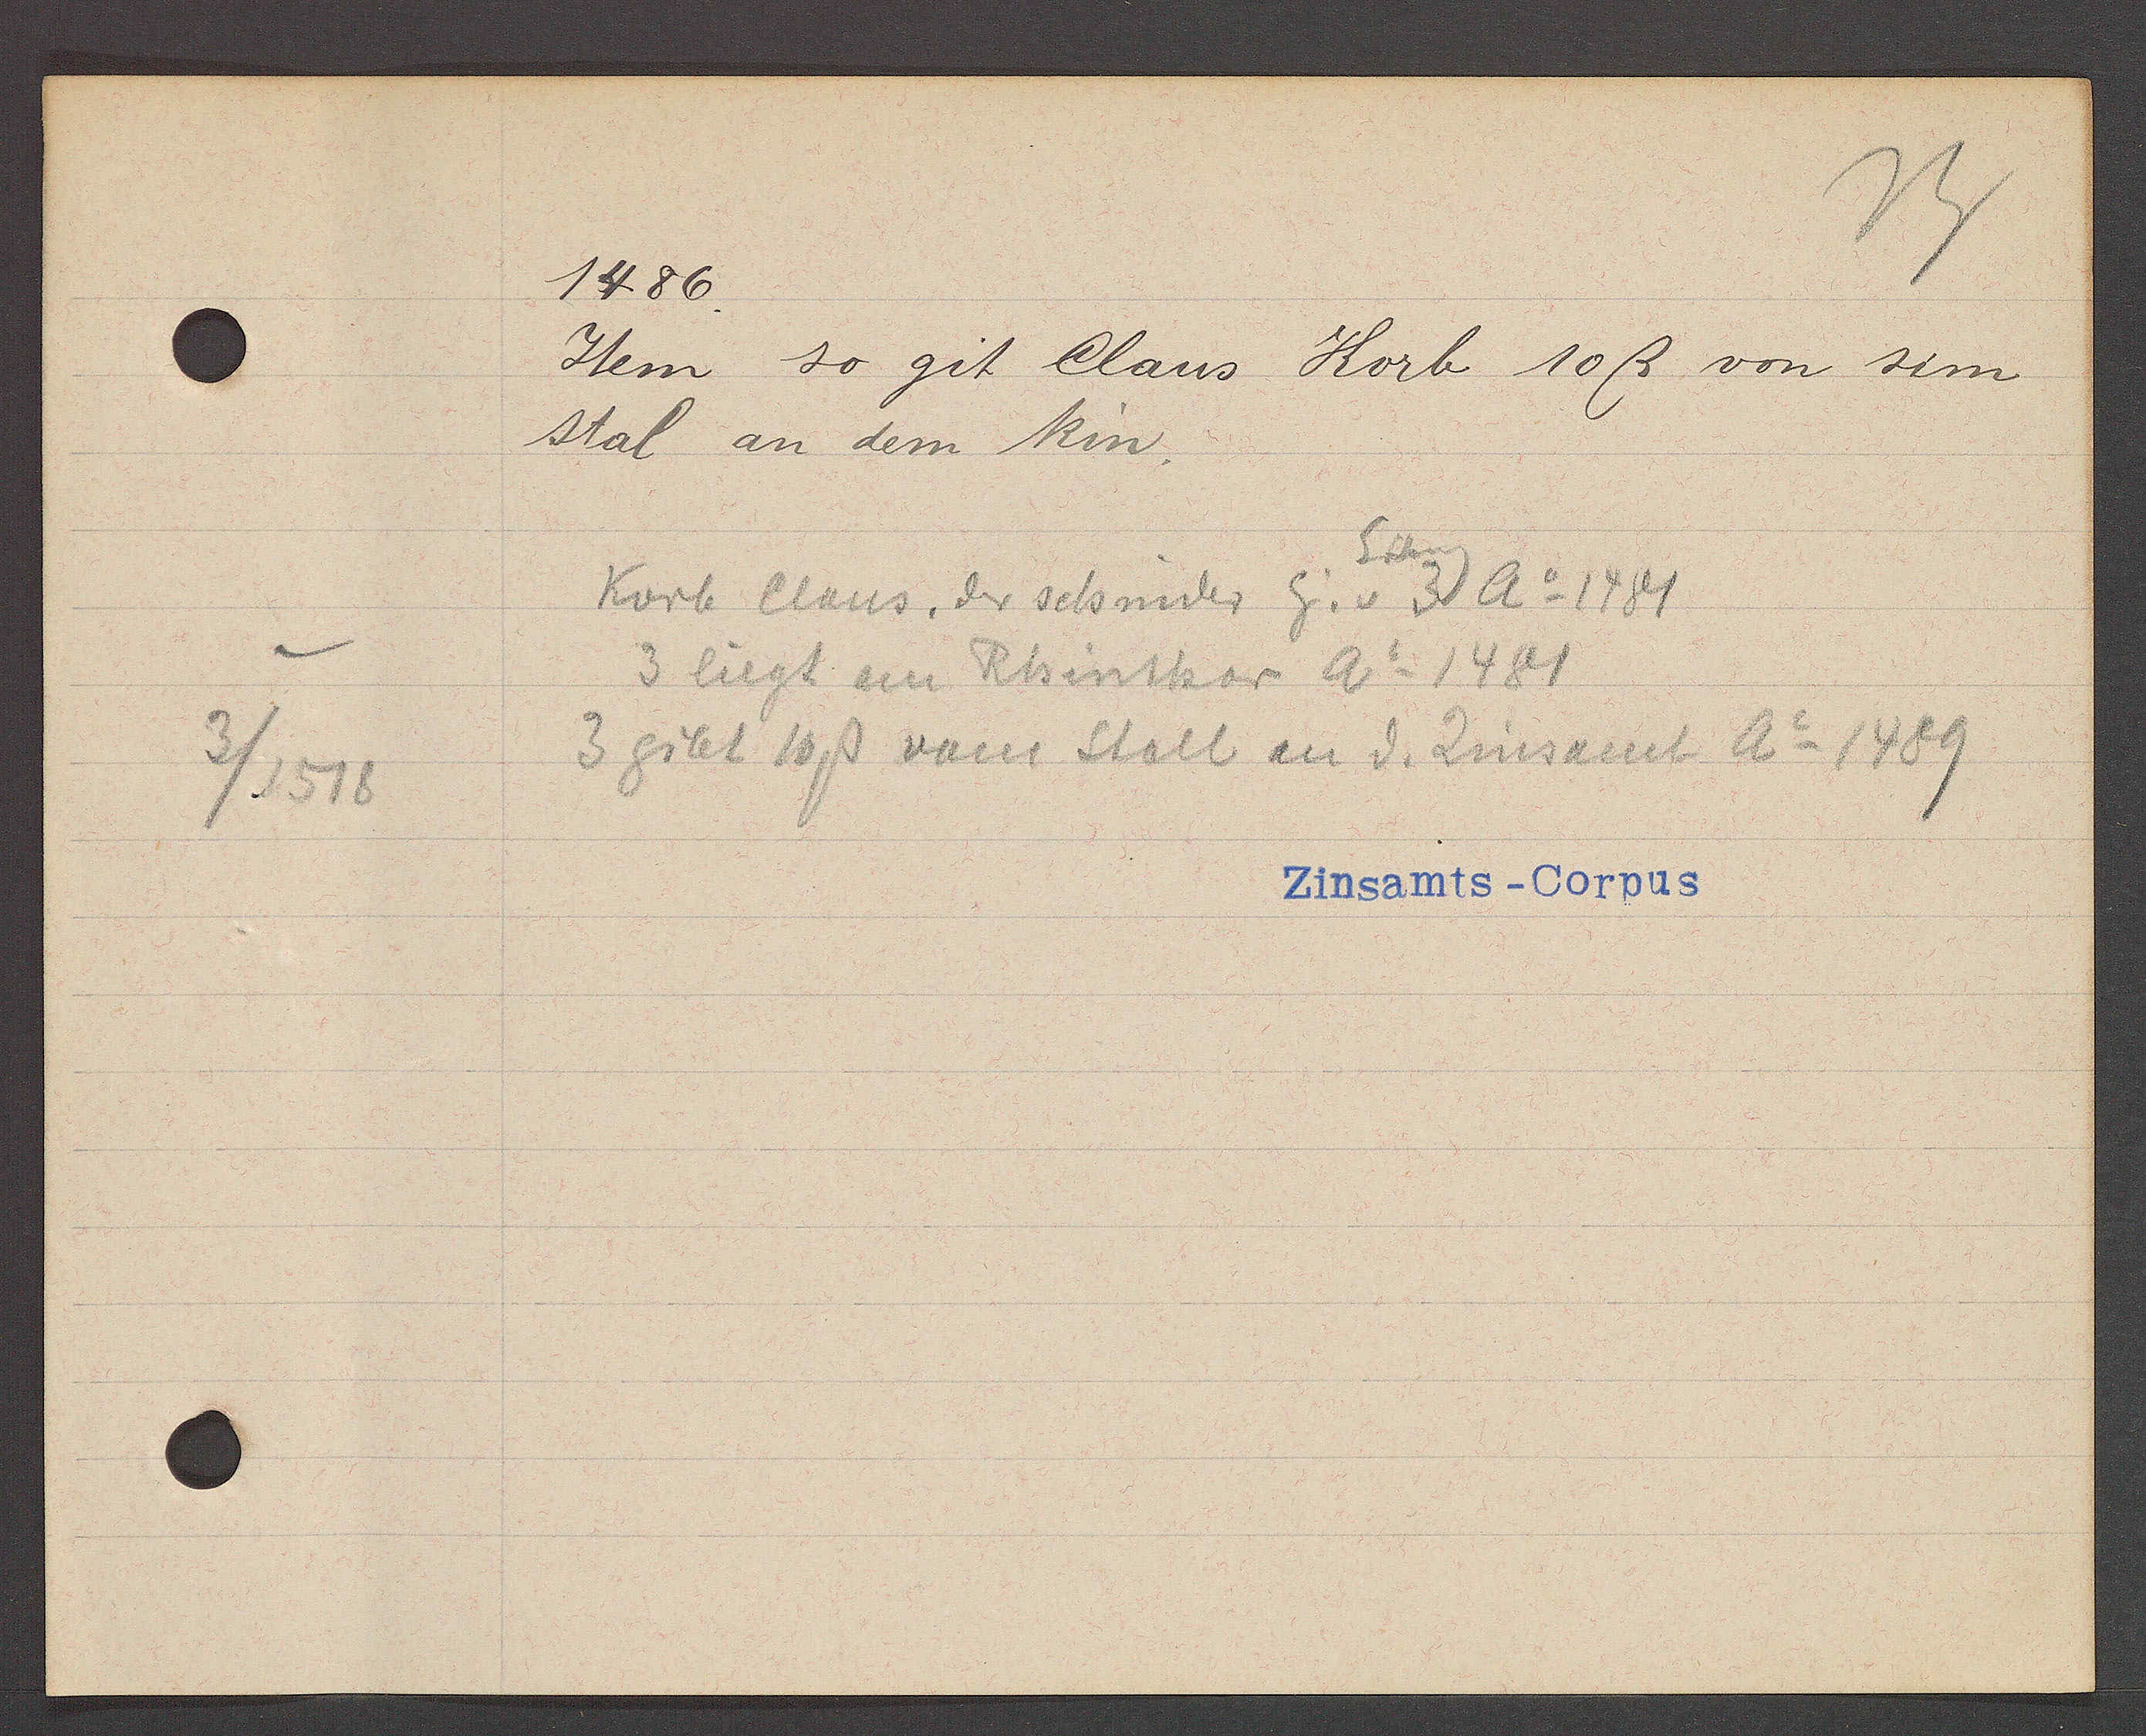
Transcript:
3/1518

1486.

Item so git Claus Korb 10ß von sim
stal an dem Rin.
Eisen

Korb Claus, der schnider Eig. v. 3 Ao 1481
3 liegt am Rhinthor Ao 1481
3 gibt 10ß vom Stall an d. Zinsamt Ao 1489

Zinsamts - Corpus.